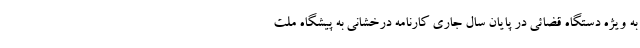
به ویژه دستگاه قضائی در پایان سال جاری کارنامه درخشانی به پیشگاه ملت